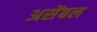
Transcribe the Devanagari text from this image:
असेंबल